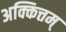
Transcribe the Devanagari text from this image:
अक्कित्तम्